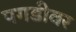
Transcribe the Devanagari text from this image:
पगडीवर